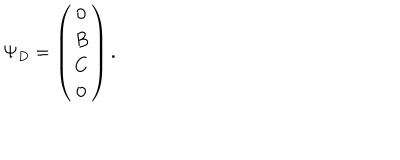
\Psi _ { D } = \left( \begin{array} { c } { { 0 } } \\ { { B } } \\ { { C } } \\ { { 0 } } \\ \end{array} \right) .